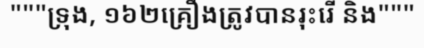
"""ទ្រុង, ១៦២គ្រឿងត្រូវបានរុះរើ និង"""